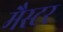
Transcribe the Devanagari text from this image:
मैस्टर